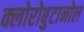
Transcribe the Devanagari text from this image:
क्लोरोबुटानोल